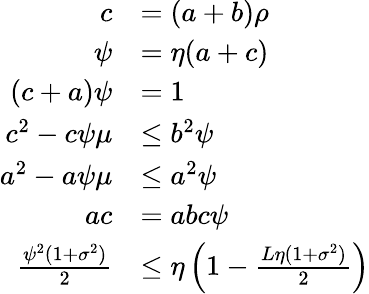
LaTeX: \begin{array}{rl}{c}&{=(a+b)\rho}\\ {\psi}&{=\eta(a+c)}\\ {(c+a)\psi}&{=1}\\ {c^{2}-c\psi\mu}&{\leq b^{2}\psi}\\ {a^{2}-a\psi\mu}&{\leq a^{2}\psi}\\ {ac}&{=abc\psi}\\ {\frac{\psi^{2}(1+\sigma^{2})}2}&{\leq\eta\left(1-\frac{L\eta(1+\sigma^{2})}2\right)}\end{array}